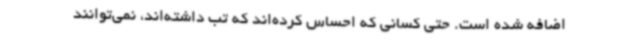
اضافه شده است. حتی کسانی که احساس کرده‌اند که تب داشته‌اند، نمی‌توانند